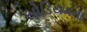
સોડિયમના